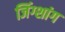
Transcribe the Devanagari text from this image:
जिंग्शांग